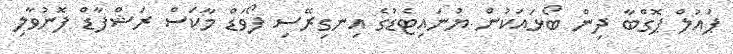
ޕައުލް ޕޮގްބާ ދިން ބޯޅައަކުން ޔުނައިޓެޑުގެ އިނގިރޭސި ފޯވަޑް މާކަސް ރަޝްފާޑް ފޮނުވާލި